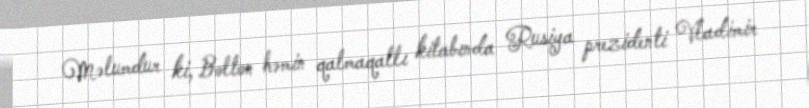
Məlumdur ki, Bolton həmin qalmaqallı kitabında Rusiya prezidenti Vladimir